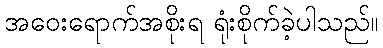
အဝေးရောက်အစိုးရ ရုံးစိုက်ခဲ့ပါသည်။